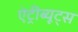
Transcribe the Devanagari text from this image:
ऐट्रीब्यूट्स